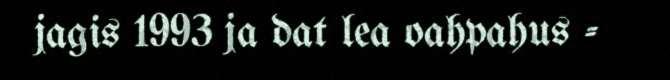
jagis 1993 ja dat lea oahpahus -